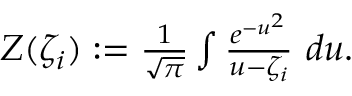
\begin{array} { r } { Z ( \zeta _ { i } ) : = \frac { 1 } { \sqrt { \pi } } \int \frac { e ^ { - u ^ { 2 } } } { u - \zeta _ { i } } \ d u . } \end{array}